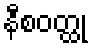
နီစဝတ္ထု